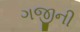
ગજીની